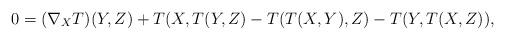
LaTeX: \begin{align*}&0=(\nabla_{X}T)(Y,Z)+T(X,T(Y,Z)-T(T(X,Y),Z)-T(Y,T(X,Z)),\end{align*}